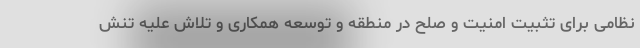
نظامی برای تثبیت امنیت و صلح در منطقه و توسعه همکاری و تلاش علیه تنش